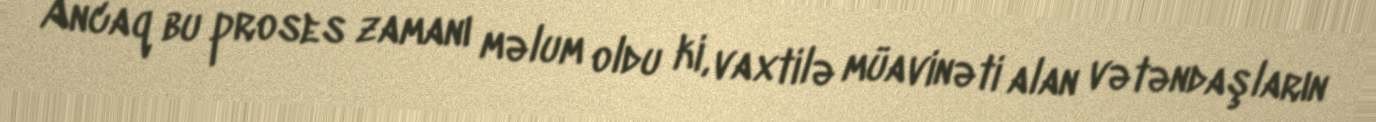
Ancaq bu proses zamanı məlum oldu ki, vaxtilə müavinəti alan vətəndaşların